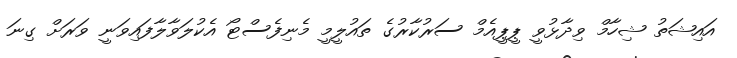
އައިޝަތު ޝިހާމް ވިދާޅުވީ ޕީޕީއެމް ސަރުކާރުގެ ތައުލީމީ މެނިފެސްޓޯ އެކުލަވާލާފައިވަނީ ވަރަށް ގިނަ